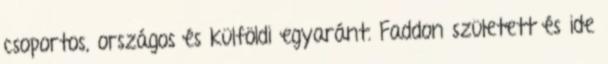
csoportos, országos és külföldi egyaránt. Faddon született és ide